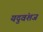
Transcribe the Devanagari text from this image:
यदुवंशज